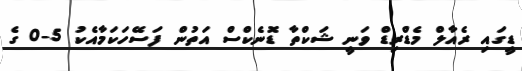
ޑީގައި ރެއާލް މެޑްރިޑް ވަނީ ޝަކްތާ ޑޮނެކްސް އަތުން ފަސޭހަކަމާއެކު 5-0 ގެ